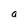
Character: a